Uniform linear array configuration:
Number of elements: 48
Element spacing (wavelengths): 1
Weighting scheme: uniform
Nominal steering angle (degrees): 45
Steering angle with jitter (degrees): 44.107
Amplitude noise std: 0.05
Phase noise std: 0.05

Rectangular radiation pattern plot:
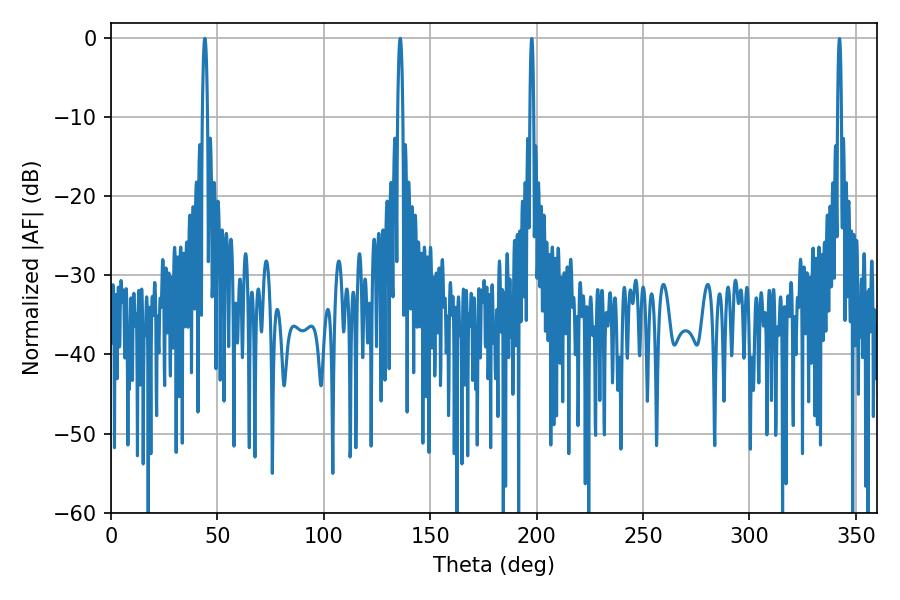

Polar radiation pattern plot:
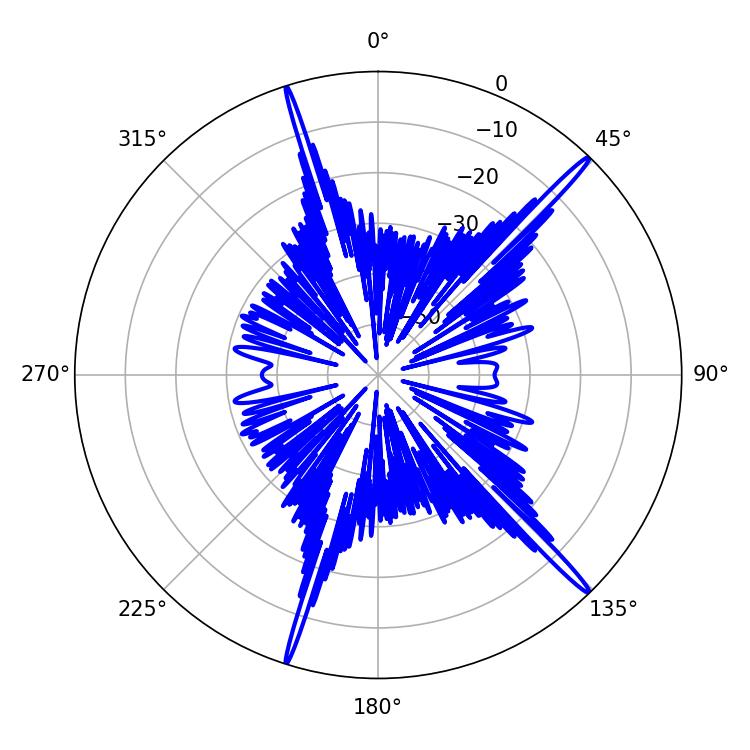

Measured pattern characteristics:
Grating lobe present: TRUE
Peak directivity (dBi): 18.719
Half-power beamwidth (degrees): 1.44
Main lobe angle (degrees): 44.1